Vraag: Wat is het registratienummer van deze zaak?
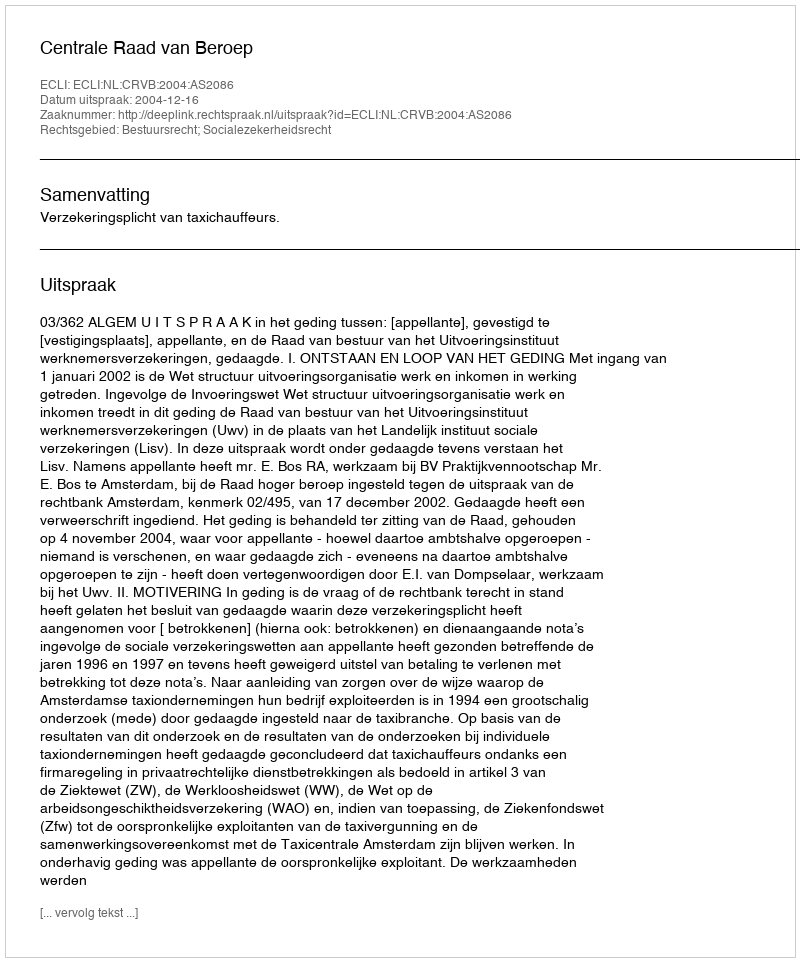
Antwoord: http://deeplink.rechtspraak.nl/uitspraak?id=ECLI:NL:CRVB:2004:AS2086